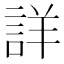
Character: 詳